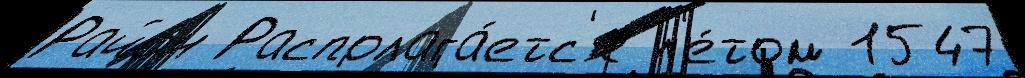
Райо́н Располага́етс'я л'е́том 1547